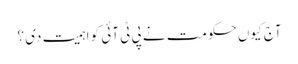
آج کیوں حکومت نے پی ٹی آئی کو اہمیت دی ؟